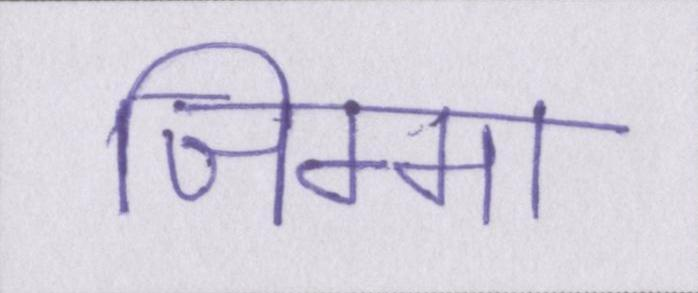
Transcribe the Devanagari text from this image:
जिम्मा